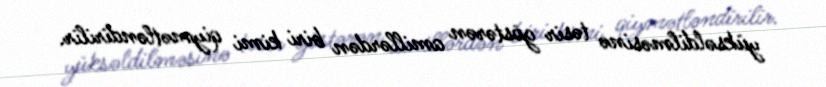
yüksəldilməsinə təsir göstərən amillərdən biri kimi qiymətləndirilir.